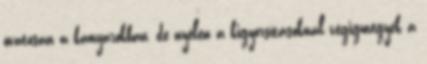
óvatosan a kanyarokban, de nyélen a kigyorsításoknál végigmegyek a